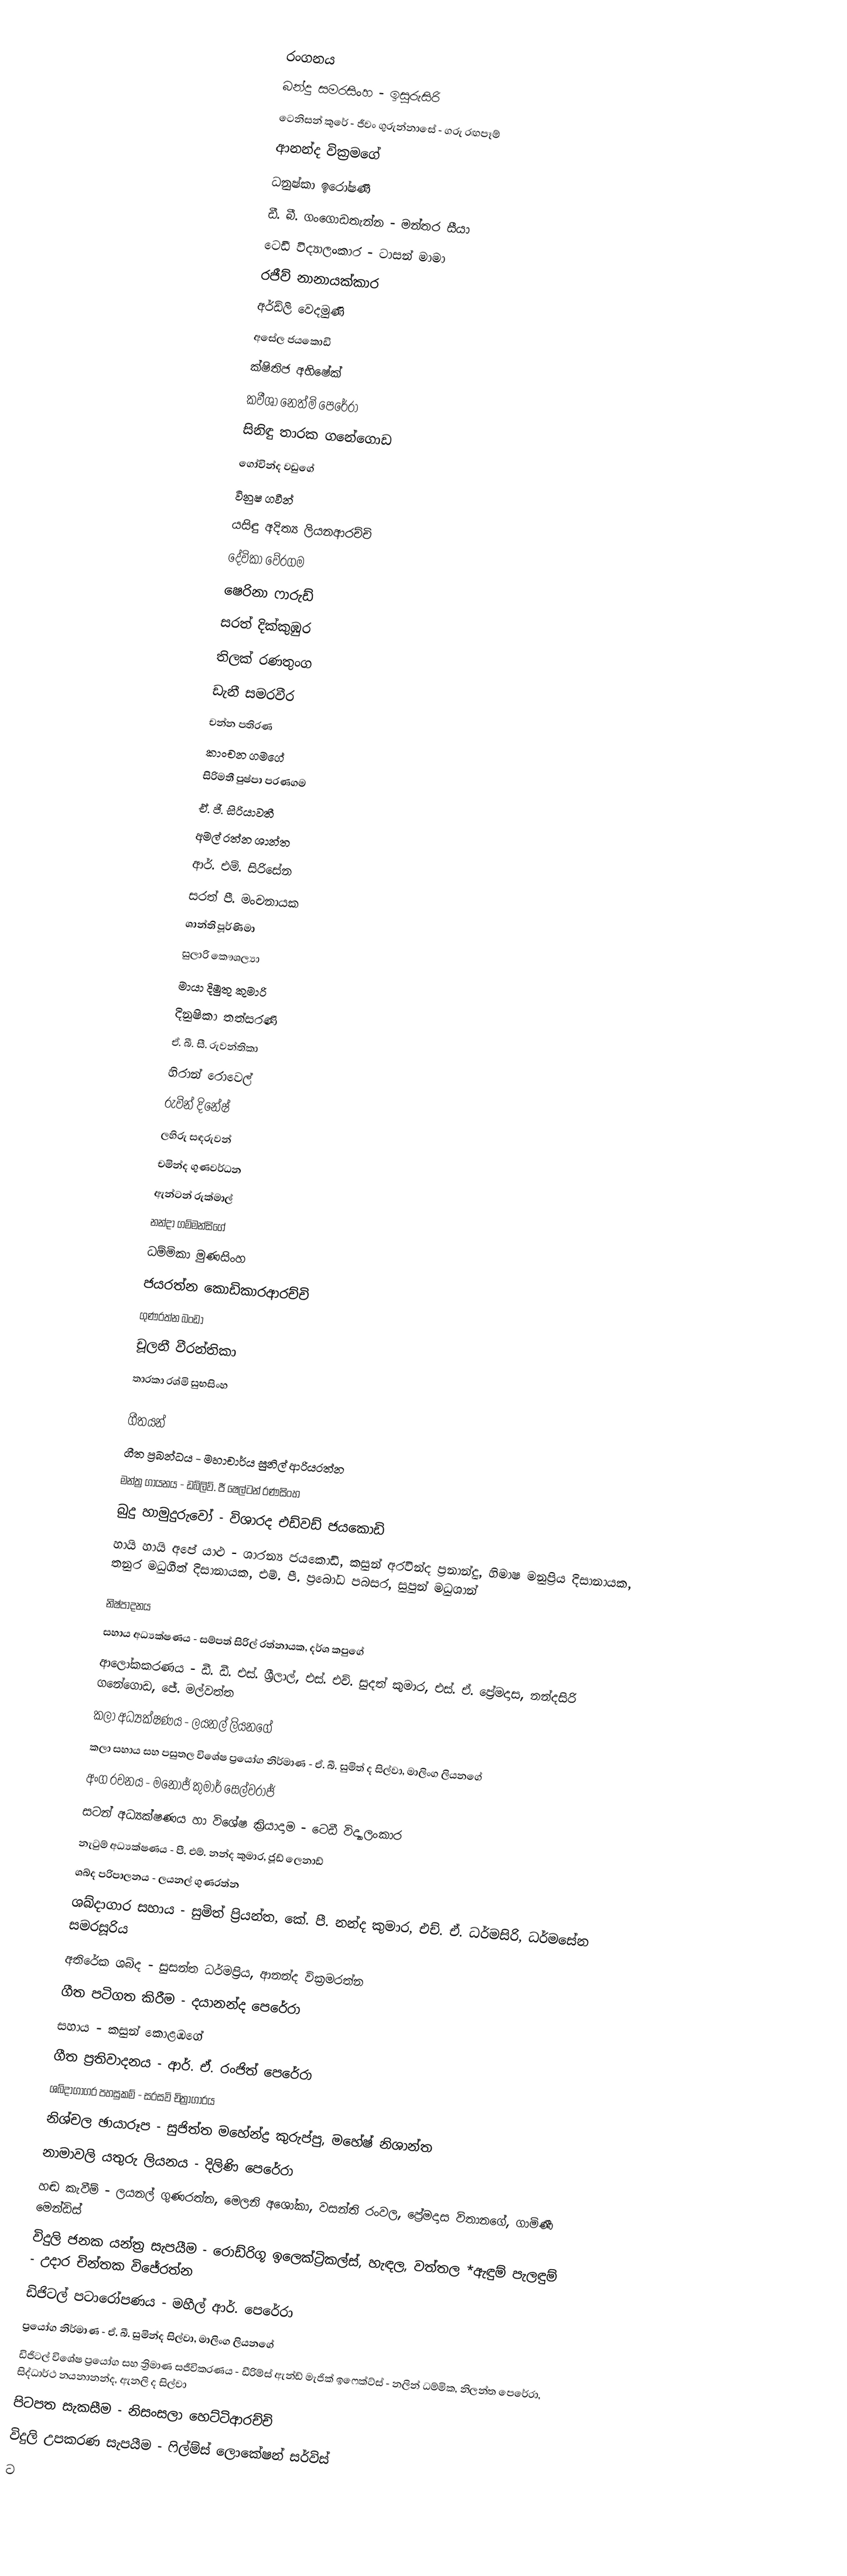

රංගනය
බන්දු සමරසිංහ - ඉසුරුසිරි
ටෙනිසන් කුරේ - ජීවං ගුරුන්නාසේ - ගරු රඟපෑම්
ආනන්ද වික්‍රමගේ
ධනුෂ්කා ඉරෝෂණී
ඩී. බී. ගංගොඩතැන්න - මන්තර සීයා
ටෙඩී විද්‍යාලංකාර - ටාසන් මාමා
රජීව් නානායක්කාර
අර්ඩ්ලි වෙදමුණි
අසේල ජයකොඩි
ක්ෂිතිජ අභිෂේක්
කවීශා නෙත්මි පෙරේරා
සිනිඳු තාරක ගනේගොඩ
ගෝවින්ද වඩුගේ
විනුෂ ගවීන්
යසිඳු අදිත්‍ය ලියනආරච්චි
දේවිකා වේරගම
ෂෙරිනා ෆාරුඩ්
සරත් දික්කුඹුර
තිලක් රණතුංග
ඩැනී සමරවීර
චන්න පතිරණ
කාංචන ගමගේ
සිරිමතී පුෂ්පා පරණගම
ඒ. ජී. සිරියාවතී
අමල් රත්න ශාන්ත
ආර්. එම්. සිරිසේන
සරත් පී. මංචනායක
ශාන්ති පූර්ණිමා
සුලාරි කෞශල්‍යා
මායා දිමුතු කුමාරි
දිනුෂිකා තත්සරණි
ඒ. බී. සී. රුවන්තිකා
හිරාන් රොවෙල්
රුවින් දිනේෂ්
ලහිරු සඳරුවන්
චමින්ද ගුණවර්ධන
ඇන්ටන් රුක්මාල්
නන්දා ගම්මන්සිගේ
ධම්මිකා මුණසිංහ
ජයරත්න කොඩිකාරආරච්චි
ගුණරත්න බංඩා
චූලනී වීරන්තිකා
තාරකා රශ්මි සුභසිංහ

ගීතයන්
ගීත ප්‍රබන්ධය - මහාචාර්ය සුනිල් ආරියරත්න
මන්ත්‍ර ගායනය - ඩබ්ලිව්. ජී ෂෙල්ටන් රණසිංහ
බුදු හාමුදුරුවෝ - විශාරද එඩ්වඩ් ජයකොඩි
හායි හායි අපේ යාළු - ශාරන්‍ය ජයකොඩි, කසුන් අරවින්ද ප්‍රනාන්දු, හිමාෂ මනුප්‍රිය දිසානායක, තනුර මධුගීත් දිසානායක, එම්. පී. ප්‍රබෝධ පබසර, සුපුන් මධුශාන්

නිෂ්පාදනය
සහාය අධ්‍යක්ෂණය - සම්පත් සිරිල් රත්නායක, දර්ශ කපුගේ
ආලෝකකරණය - ඩී. ඩී. එස්. ශ්‍රීලාල්, එස්. එච්. සුදත් කුමාර, එස්. ඒ. ප්‍රේමදාස, නන්දසිරි ගනේගොඩ, ජේ. මල්වත්ත
කලා අධ්‍යක්ෂණය - ලයනල් ලියනගේ
කලා සහාය සහ පසුතල විශේෂ ප්‍රයෝග නිර්මාණ - ඒ. බී. සුමිත් ද සිල්වා, මාලිංග ලියනගේ
අංග රචනය - මනෝජ් කුමාර් සෙල්වරාජ්
සටන් අධ්‍යක්ෂණය හා විශේෂ ක්‍රියාදාම - ටෙඩී විද්‍යාලංකාර
නැටුම් අධ්‍යක්ෂණය - පී. එම්. නන්ද කුමාර, ජූඩ් ලෙනාඩ්
ශබ්ද පරිපාලනය - ලයනල් ගුණරත්න
ශබ්දාගාර සහාය - සුමිත් ප්‍රියන්ත, කේ. පී. නන්ද කුමාර, එච්. ඒ. ධර්මසිරි, ධර්මසේන සමරසූරිය
අතිරේක ශබ්ද - සුසන්ත ධර්මප්‍රිය, ආනන්ද වික්‍රමරත්න
ගීත පටිගත කිරීම - දයානන්ද පෙරේරා
සහාය - කසුන් කොළඹගේ
ගීත ප්‍රතිවාදනය - ආර්. ඒ. රංජිත් පෙරේරා
ශබ්දාගාගර පහසුකම් - සරසවි චිත්‍රාගාරය
නිශ්චල ඡායාරූප - සුජිත්ත මහේන්ද්‍ර කුරුප්පු, මහේෂ් නිශාන්ත
නාමාවලි යතුරු ලියනය - දිලිණි පෙරේරා
හඬ කැවීම් - ලයනල් ගුණරත්න, මෙලනි අශෝකා, වසන්ති රංවල, ප්‍රේමදාස විතානගේ, ගාමිණී මෙන්ඩිස්
විදුලි ජනක යන්ත්‍ර සැපයීම - රොඩ්රිගූ ඉලෙක්ට්‍රිකල්ස්, හැඳල, වත්තල *ඇඳුම් පැලඳුම් - උදාර චින්තක විජේරත්න
ඩිජිටල් පටාරෝපණය - මහීල් ආර්. පෙරේරා
ප්‍රයෝග නිර්මාණ - ඒ. බී. සුමින්ද සිල්වා, මාලිංග ලියනගේ
ඩිජිටල් විශේෂ ප්‍රයෝග සහ ත්‍රිමාණ සජීවිකරණය - ඩීරිම්ස් ඇන්ඩ් මැජික් ඉෆෙක්ට්ස් - නලින් ධම්මික, නිලන්ත පෙරේරා, සිද්ධාර්ථ නයනානන්ද, ඇනලි ද සිල්වා
පිටපත සැකසීම - නිසංසලා හෙට්ටිආරච්චි
විදුලි උපකරණ සැපයීම - ෆිල්ම්ස් ලොකේෂන් සර්විස්
ට